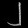
Digit: ၂